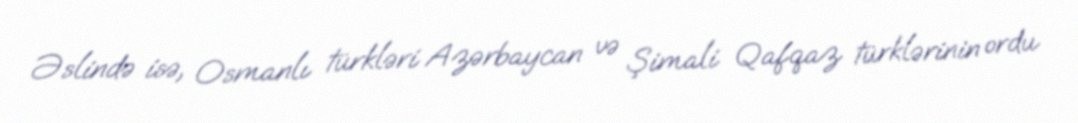
Əslində isə, Osmanlı türkləri Azərbaycan və Şimali Qafqaz türklərinin ordu